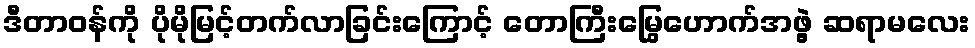
ဒီတာဝန်ကို ပိုမိုမြင့်တက်လာခြင်းကြောင့် တောကြီးမြွေဟောက်အဖွဲ့ ဆရာမလေး